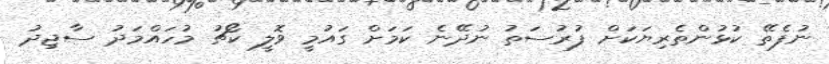
ނުފެތޭ ކުޅުންތެރިޔަކަށް ފުރުސަތު ނުދޭނެ ކަމަށް ގައުމީ ވޮލީ ކޯޗު މުހައްމަދު ސާޖިދު